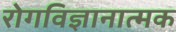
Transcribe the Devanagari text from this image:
रोगविज्ञानात्मक